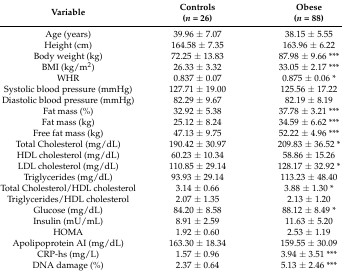
<table><thead><tr><td><b>Variable</b></td><td><b>Controls(<i>n</i> = 26)</b></td><td><b>Obese(<i>n</i> = 88)</b></td></tr></thead><tbody><tr><td>Age (years)</td><td>39.96 ± 7.07</td><td>38.15 ± 5.55</td></tr><tr><td>Height (cm)</td><td>164.58 ± 7.35</td><td>163.96 ± 6.22</td></tr><tr><td>Body weight (kg)</td><td>72.25 ± 13.83</td><td>87.98 ± 9.66 ***</td></tr><tr><td>BMI (kg/m<sup>2</sup>)</td><td>26.33 ± 3.32</td><td>33.05 ± 2.17 ***</td></tr><tr><td>WHR</td><td>0.837 ± 0.07</td><td>0.875 ± 0.06 *</td></tr><tr><td>Systolic blood pressure (mmHg)</td><td>127.71 ± 19.00</td><td>125.56 ± 17.22</td></tr><tr><td>Diastolic blood pressure (mmHg)</td><td>82.29 ± 9.67</td><td>82.19 ± 8.19</td></tr><tr><td>Fat mass (%)</td><td>32.92 ± 5.38</td><td>37.78 ± 3.21 ***</td></tr><tr><td>Fat mass (kg)</td><td>25.12 ± 8.24</td><td>34.59 ± 6.62 ***</td></tr><tr><td>Free fat mass (kg)</td><td>47.13 ± 9.75</td><td>52.22 ± 4.96 ***</td></tr><tr><td>Total Cholesterol (mg/dL)</td><td>190.42 ± 30.97</td><td>209.83 ± 36.52 *</td></tr><tr><td>HDL cholesterol (mg/dL)</td><td>60.23 ± 10.34</td><td>58.86 ± 15.26</td></tr><tr><td>LDL cholesterol (mg/dL)</td><td>110.85 ± 29.14</td><td>128.17 ± 32.92 *</td></tr><tr><td>Triglycerides (mg/dL)</td><td>93.93 ± 29.14</td><td>113.23 ± 48.40</td></tr><tr><td>Total Cholesterol/HDL cholesterol</td><td>3.14 ± 0.66</td><td>3.88 ± 1.30 *</td></tr><tr><td>Triglycerides/HDL cholesterol</td><td>2.07 ± 1.35</td><td>2.13 ± 1.20</td></tr><tr><td>Glucose (mg/dL)</td><td>84.20 ± 8.58</td><td>88.12 ± 8.49 *</td></tr><tr><td>Insulin (mU/mL)</td><td>8.91 ± 2.59</td><td>11.63 ± 5.20</td></tr><tr><td>HOMA</td><td>1.92 ± 0.60</td><td>2.53 ± 1.19</td></tr><tr><td>Apolipoprotein AI (mg/dL)</td><td>163.30 ± 18.34</td><td>159.55 ± 30.09</td></tr><tr><td>CRP-hs (mg/L)</td><td>1.57 ± 0.96</td><td>3.94 ± 3.51 ***</td></tr><tr><td>DNA damage (%)</td><td>2.37 ± 0.64</td><td>5.13 ± 2.46 ***</td></tr></tbody></table>